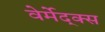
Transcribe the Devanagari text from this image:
वेर्मेद्क्स